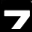
Digit: 7